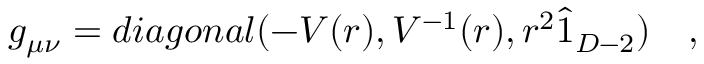
g _ { \mu \nu } = d i a g o n a l ( - V ( r ) , V ^ { - 1 } ( r ) , r ^ { 2 } \hat { 1 } _ { D - 2 } ) \quad ,